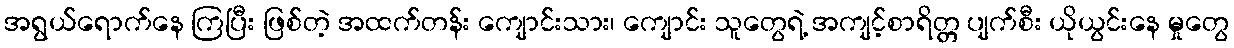
အရွယ်ရောက်နေ ကြပြီး ဖြစ်တဲ့ အထက်တန်း ကျောင်းသား၊ ကျောင်း သူတွေရဲ့ အကျင့်စာရိတ္တ ပျက်စီး ယိုယွင်းနေ မှုတွေ